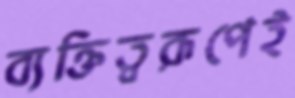
ব্যক্তিত্বরূপেই